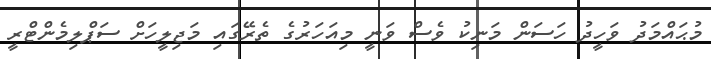
މުޙައްމަދު ވަހީދު ހަސަން މަނިކު ވެސް ވަނީ މިއަހަރުގެ ތެރޭގައި މަޖިލީހަށް ސަޕްލިމެންޓްރީ